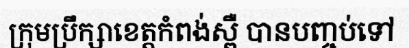
ក្រុមប្រឹក្សាខេត្តកំពង់ស្ពឺ បានបញ្ចប់ទៅ